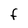
Character: F